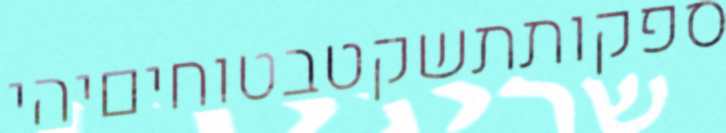
ספקותתשקטבטוחיםיהי